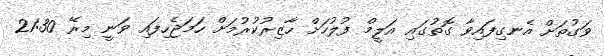
ވަގުތަށް އެނގިފައިވާ ގޮތުގައި އަލީމް ފުލުހަށް ހާޒިރުކުރުމަށް ހަމަޖެހިފައި ވަނީ މިރޭ 21:30